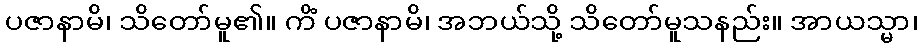
ပဇာနာမိ၊ သိတော်မူ၏။ ကိံ ပဇာနာမိ၊ အဘယ်သို့ သိတော်မူသနည်း။ အာယသ္မာ၊